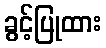
ခွင့်ပြုထား